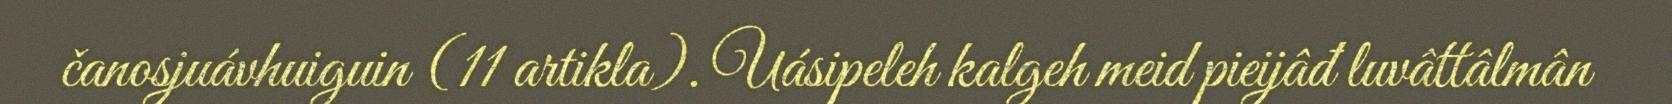
čanosjuávhuiguin (11 artikla). Uásipeleh kalgeh meid pieijâđ luvâttâlmân